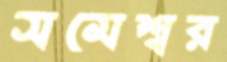
সমেশ্বর